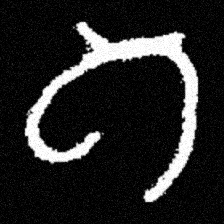
Pyu character \u2014 Myanmar letter: ဂ (romanized: ga)